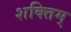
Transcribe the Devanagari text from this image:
शक्तिम्‌